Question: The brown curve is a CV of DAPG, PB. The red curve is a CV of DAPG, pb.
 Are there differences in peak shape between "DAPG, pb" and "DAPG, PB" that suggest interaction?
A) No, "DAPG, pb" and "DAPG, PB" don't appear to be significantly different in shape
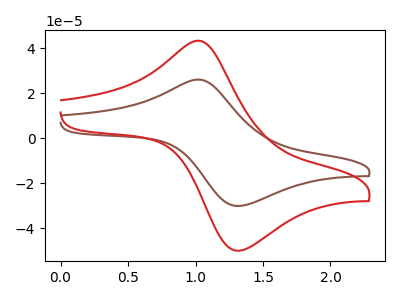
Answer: <think>The brown curve "DAPG, PB" has an anodic peak at (1.05V, 26.05uA) and a cathodic peak at (1.35V, -29.95uA). The red curve "DAPG, pb" has an anodic peak at (1.05V, 43.30uA) and a cathodic peak at (1.35V, -49.75uA).
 All the peaks in "DAPG, pb" have a peak in "DAPG, PB" at the same potential. Every peak in "DAPG, pb" is higher than every peak in "DAPG, PB".</think>
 <answer>A) No, "DAPG, pb" and "DAPG, PB" don't appear to be significantly different in shape</answer>
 <eval>A</eval>